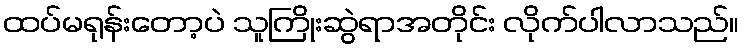
ထပ်မရုန်းတော့ပဲ သူကြိုးဆွဲရာအတိုင်း လိုက်ပါလာသည်။